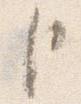
臣